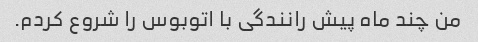
من چند ماه پیش رانندگی با اتوبوس را شروع کردم.